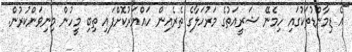
"އެ ޑިމާންޑުތަކުގައި ހިމެނޭ ޝަރީއަތުގެ މަރުހަލާގެ ތެރެއިން ހައްޔަރުކޮށްފައި ތިބި މީހުން މިނިވަންކުރުން.